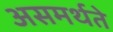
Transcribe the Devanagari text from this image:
असमर्थते